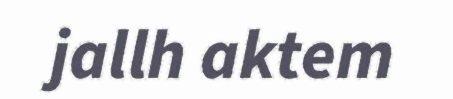
jallh aktem